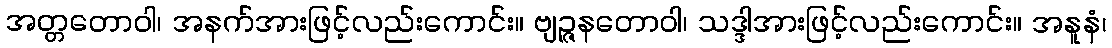
အတ္တတောဝါ၊ အနက်အားဖြင့်လည်းကောင်း။ ဗျဉ္ဇနတောဝါ၊ သဒ္ဒါအားဖြင့်လည်းကောင်း။ အနူနံ၊